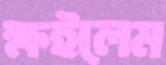
ক্ষইলেম